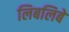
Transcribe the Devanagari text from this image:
लिबलिबे